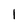
Character: l